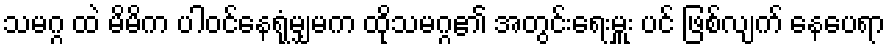
သမဂ္ဂ ထဲ မိမိက ပါဝင်နေရုံမျှမက ထိုသမဂ္ဂ၏ အတွင်းရေးမှူး ပင် ဖြစ်လျက် နေပေရာ